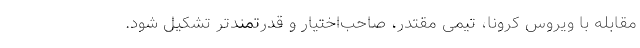
مقابله با ویروس کرونا، تیمی مقتدر، صاحب‌اختیار و قدرتمندتر تشکیل شود.